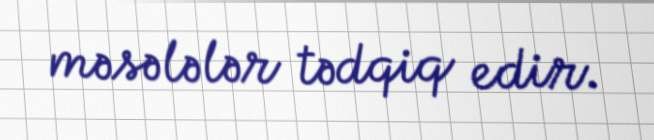
məsələlər tədqiq edir.